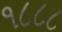
૧૮૮૮